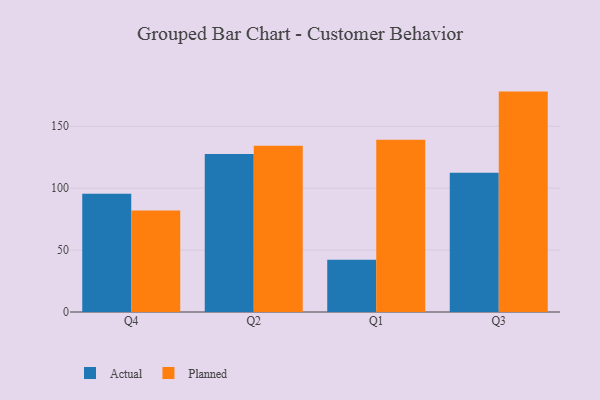
{"axis": {"x": "Quarter", "y": "Operating Costs (USD K)"}, "legend": ["Actual", "Planned"], "data": [{"x": "Q4", "y": 95.5, "type": "Actual"}, {"x": "Q4", "y": 81.9, "type": "Planned"}, {"x": "Q2", "y": 127.6, "type": "Actual"}, {"x": "Q2", "y": 134.2, "type": "Planned"}, {"x": "Q1", "y": 42.2, "type": "Actual"}, {"x": "Q1", "y": 139.1, "type": "Planned"}, {"x": "Q3", "y": 112.5, "type": "Actual"}, {"x": "Q3", "y": 178.0, "type": "Planned"}]}